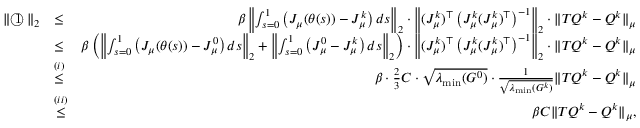
\begin{array} { r l r } { \| \textcircled { 1 } \| _ { 2 } } & { \leq } & { \beta \left\| \int _ { s = 0 } ^ { 1 } \left( J _ { \mu } ( \theta ( s ) ) - J _ { \mu } ^ { k } \right) d s \right\| _ { 2 } \cdot \left\| ( J _ { \mu } ^ { k } ) ^ { \top } \left( J _ { \mu } ^ { k } ( J _ { \mu } ^ { k } ) ^ { \top } \right) ^ { - 1 } \right\| _ { 2 } \cdot \| T Q ^ { k } - Q ^ { k } \| _ { \mu } } \\ & { \leq } & { \beta \left( \left\| \int _ { s = 0 } ^ { 1 } \left( J _ { \mu } ( \theta ( s ) ) - J _ { \mu } ^ { 0 } \right) d s \right\| _ { 2 } + \left\| \int _ { s = 0 } ^ { 1 } \left( J _ { \mu } ^ { 0 } - J _ { \mu } ^ { k } \right) d s \right\| _ { 2 } \right) \cdot \left\| ( J _ { \mu } ^ { k } ) ^ { \top } \left( J _ { \mu } ^ { k } ( J _ { \mu } ^ { k } ) ^ { \top } \right) ^ { - 1 } \right\| _ { 2 } \cdot \| T Q ^ { k } - Q ^ { k } \| _ { \mu } } \\ & { \overset { ( i ) } { \leq } } & { \beta \cdot \frac { 2 } { 3 } C \cdot \sqrt { \lambda _ { \operatorname* { m i n } } ( G ^ { 0 } ) } \cdot \frac { 1 } { \sqrt { \lambda _ { \operatorname* { m i n } } ( G ^ { k } ) } } \| T Q ^ { k } - Q ^ { k } \| _ { \mu } } \\ & { \overset { ( i i ) } { \leq } } & { \beta C \| T Q ^ { k } - Q ^ { k } \| _ { \mu } , } \end{array}